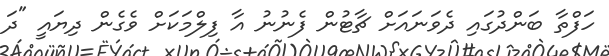
ހަފްތާ ބަންދުގައި ދެވަނައަށް ޗާޓުން ފެނުނު އާ ފިލްމަކަށް ވެެގެން ދިޔައީ "ދަ